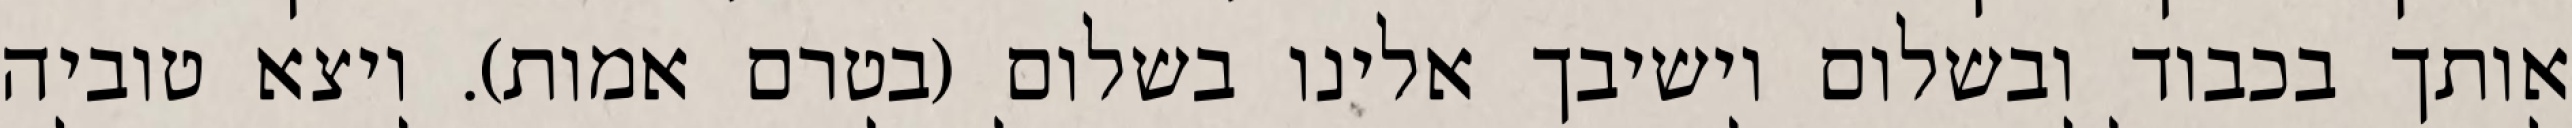
אותך בכבוד ובשלום וישיבך אלינו בשלום (בטרם אמות). ויצא טוביה